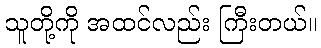
သူတို့ကို အထင်လည်း ကြီးတယ်။